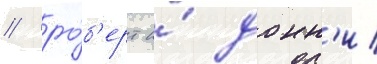
/ ро́б'ерт и́ донн'и